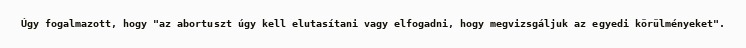
Úgy fogalmazott, hogy "az abortuszt úgy kell elutasítani vagy elfogadni, hogy megvizsgáljuk az egyedi körülményeket".